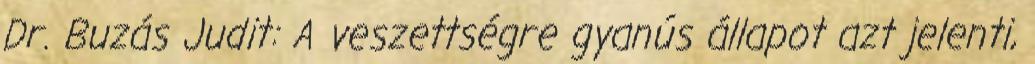
Dr. Buzás Judit: A veszettségre gyanús állapot azt jelenti,